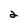
Character: 2